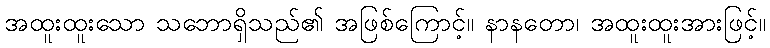
အထူးထူးသော သဘောရှိသည်၏ အဖြစ်ကြောင့်။ နာနတော၊ အထူးထူးအားဖြင့်။